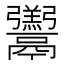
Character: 𩱧